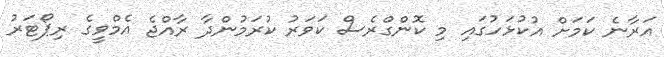
އަރާނެ ކަމަށް އުކުޅަހުގައި މި ކޮންގްރެސް ކަވަރު ކުރަމުންދާ ރާއްޖެ އެމްވީގެ ރިޕޯޓަރު